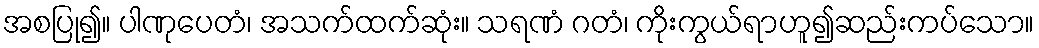
အစပြု၍။ ပါဏုပေတံ၊ အသက်ထက်ဆုံး။ သရဏံ ဂတံ၊ ကိုးကွယ်ရာဟူ၍ဆည်းကပ်သော။